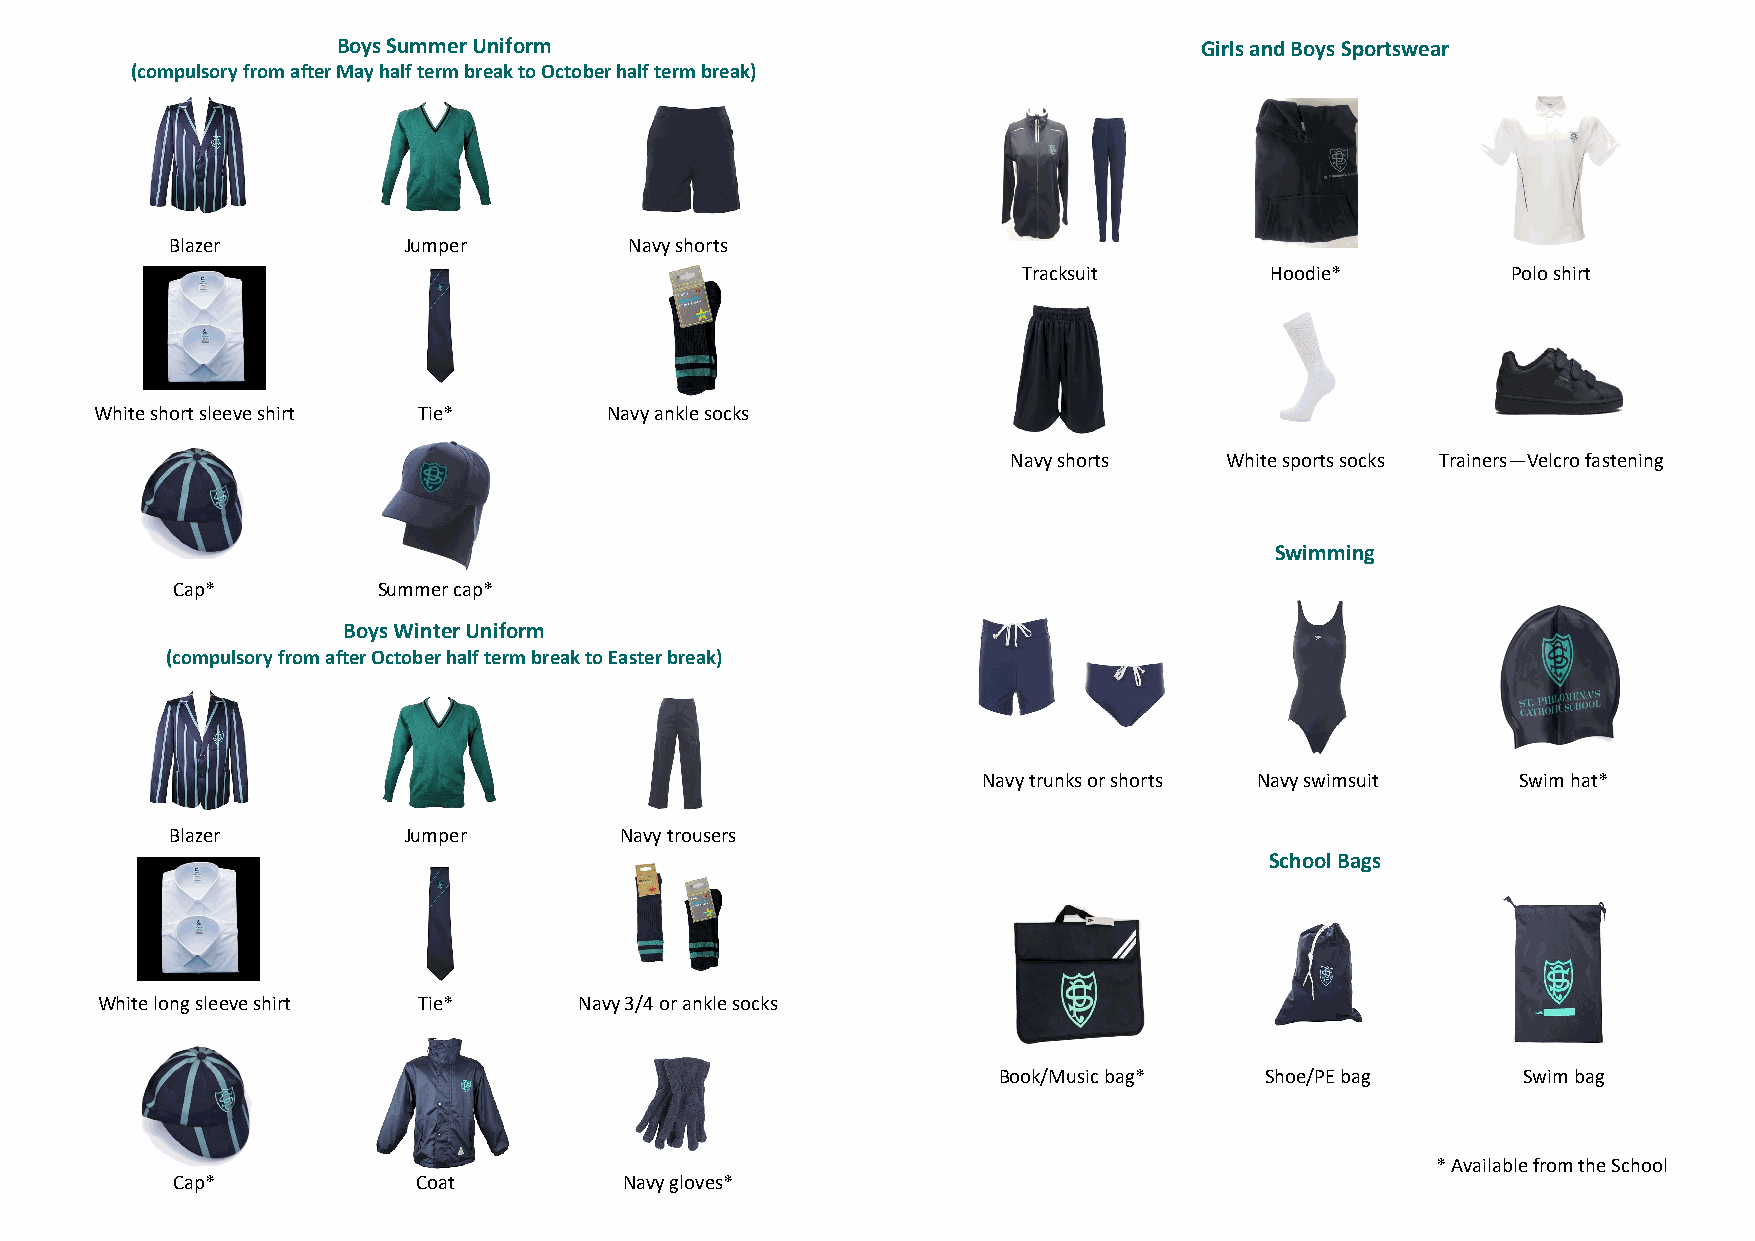
Boys Summer Uniform                                      Girls and Boys Sportswear
 (compulsory from after May half term break to October half term break)
 Blazer          Jumper         Navy shorts
 Tracksuit       Hoodie*         Polo shirt
 White short sleeve shirt Tie*     Navy ankle socks
 Navy shorts   White sports socks Trainers—Velcro fastening
 Swimming
 Cap*          Summer cap*
 Boys Winter Uniform
 (compulsory from after October half term break to Easter break)
 Navy trunks or shorts Navy swimsuit Swim hat*
 Blazer          Jumper        Navy trousers
 School Bags
 White long sleeve shirt Tie*    Navy 3/4 or ankle socks
 Book/Music bag*   Shoe/PE bag      Swim bag
 * Available from the School
 Cap*             Coat         Navy gloves*